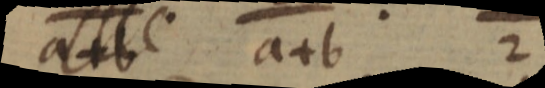
a+b a+b 2